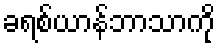
ခရစ်ယာန်ဘာသာကို